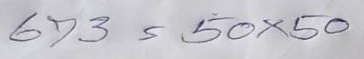
673 = 50x50